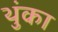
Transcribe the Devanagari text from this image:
थुंका